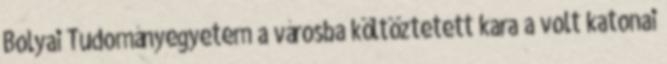
Bolyai Tudományegyetem a városba költöztetett kara a volt katonai